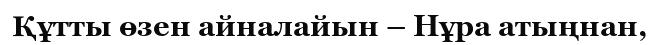
Құтты өзен айналайын – Нұра атыңнан,